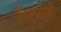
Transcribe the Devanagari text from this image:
तिरुमर्ग